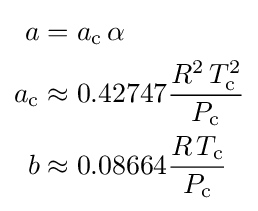
{\begin{aligned}a&=a_{\text{c}}\,\alpha \\a_{\text{c}}&\approx 0.42747{\frac {R^{2}\,T_{\text{c}}^{2}}{P_{\text{c}}}}\\b&\approx 0.08664{\frac {R\,T_{\text{c}}}{P_{\text{c}}}}\end{aligned}}